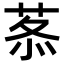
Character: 𦰍